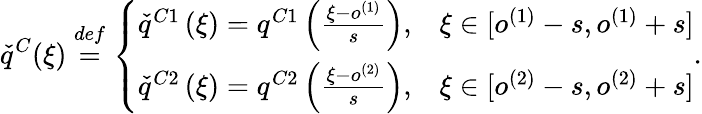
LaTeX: \check{q}^{C}(\xi)\overset{def}{=}\left\{ \begin{array}{ll}{\check{q}^{C1}\left(\xi\right)=q^{C1}\left(\frac{\xi-o^{(1)}}{s}\right),}&{\xi\in[o^{(1)}-s,o^{(1)}+s]}\\ {\check{q}^{C2}\left(\xi\right)=q^{C2}\left(\frac{\xi-o^{(2)}}{s}\right),}&{\xi\in[o^{(2)}-s,o^{(2)}+s]}\end{array}\right..